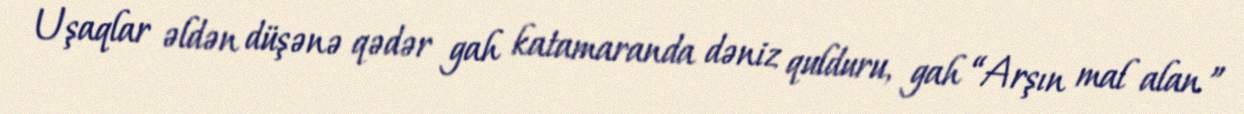
Uşaqlar əldən düşənə qədər gah katamaranda dəniz qulduru, gah “Arşın mal alan ”